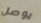
يوصل